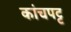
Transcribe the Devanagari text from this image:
कांचपट्ट